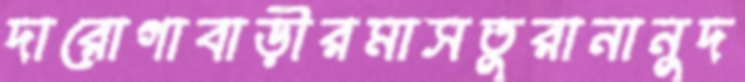
দারোগাবাড়ীরমাসতুরানানুদ